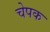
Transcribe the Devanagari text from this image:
चेपक